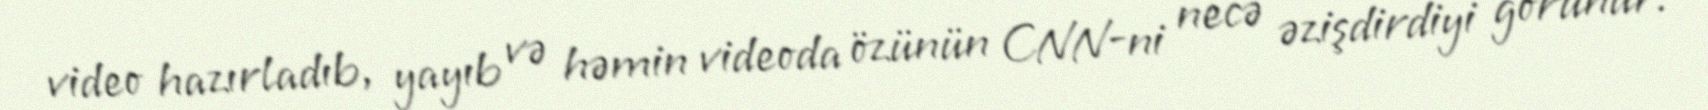
video hazırladıb, yayıb və həmin videoda özünün CNN-ni necə əzişdirdiyi görünür.